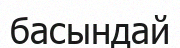
басындай